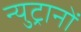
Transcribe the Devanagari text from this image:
न्युट्रानों